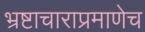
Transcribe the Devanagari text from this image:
भ्रष्टाचाराप्रमाणेच